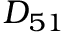
D _ { 5 1 }